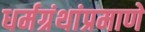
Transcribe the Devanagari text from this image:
धर्मग्रंथांप्रमाणे